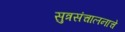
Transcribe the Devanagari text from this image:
सुत्रसंचालनाचे